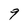
Character: 9